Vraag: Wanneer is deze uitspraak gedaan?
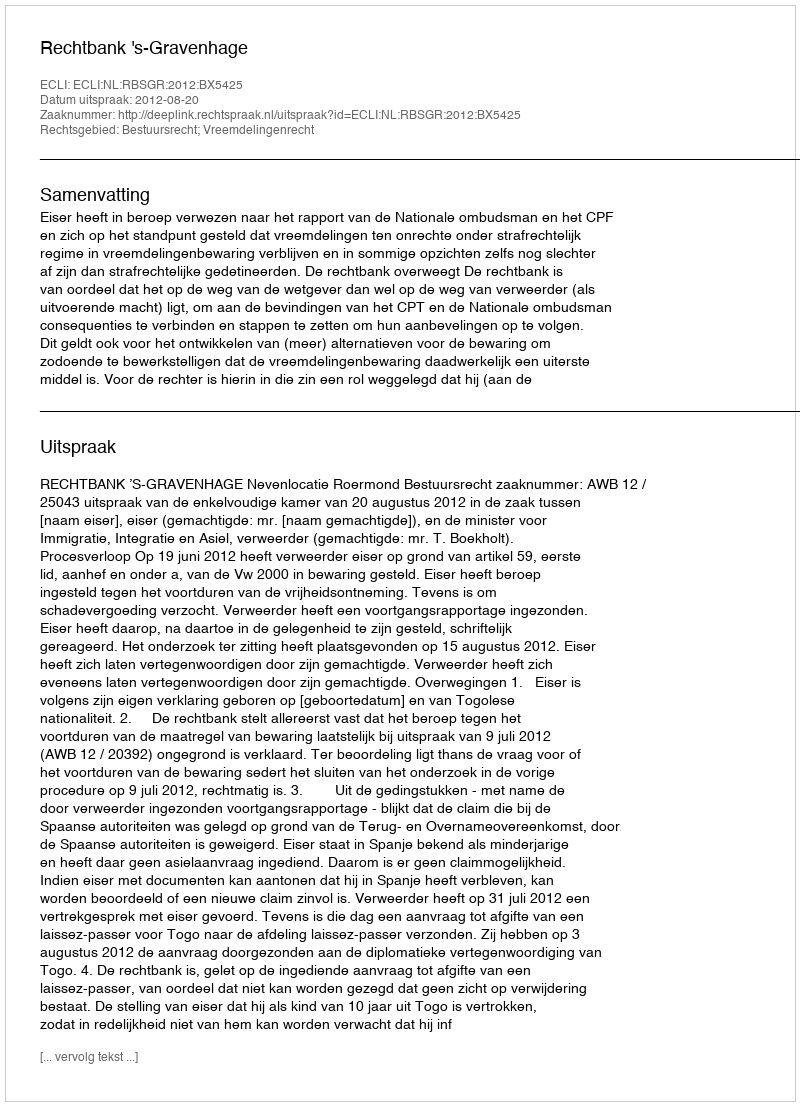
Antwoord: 2012-08-20